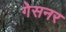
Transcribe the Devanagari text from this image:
गेसनर